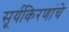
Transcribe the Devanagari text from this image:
सूर्यकिरणांचे